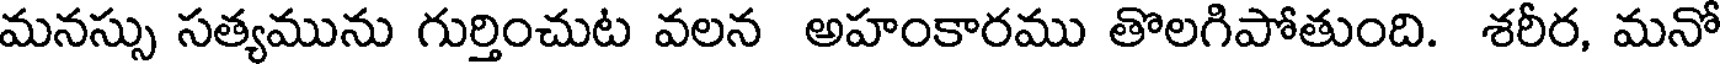
మనస్సు సత్యమును గుర్తించుట వలన అహంకారము తొలగిపోతుంది. శరీర, మనో